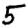
Digit: 5